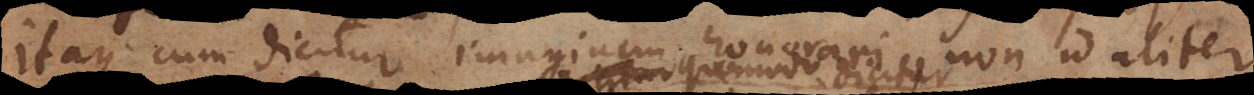
Itaque cum dicitur imaginem honorari, non id aliter